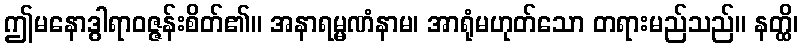
ဤမနောဒွါရာဝဇ္ဇန်းစိတ်၏။ အနာရမ္မဏံနာမ၊ အာရုံမဟုတ်သော တရားမည်သည်။ နတ္ထိ၊